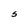
Character: S